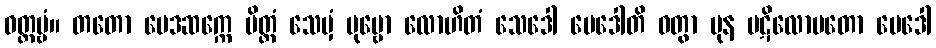
ဝတ္တဗ္ဗံ။ တတော မေဒဆက္ကေ ပိတ္တံ သေမှံ ပုဗ္ဗော လောဟိတံ သေဒေါ မေဒေါတိ ဝတွာ ပုန ပဋိလောမတော မေဒေါ